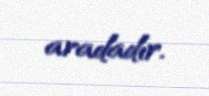
aradadır.